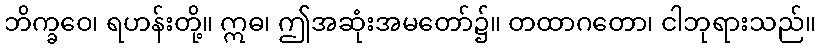
ဘိက္ခဝေ၊ ရဟန်းတို့။ ဣဓ၊ ဤအဆုံးအမတော်၌။ တထာဂတော၊ ငါဘုရားသည်။